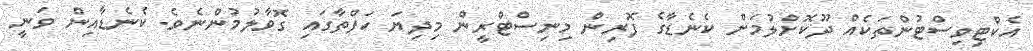
އެކްޓިވިސްޓުންތަކެއް ދޫކޮށްލުމަށް ކެނެޑާގެ ފޮރިން މިނިސްޓްރީން މިދިޔަ ހަފްތާގައި ގޮވާލުމުންނެވެ. ކެނެޑާއިން ވަނީ